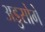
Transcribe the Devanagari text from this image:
अडुसोगे